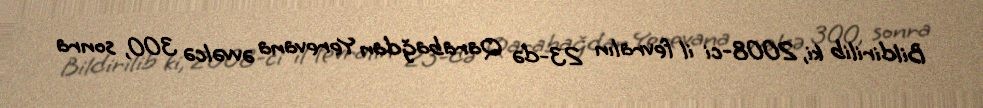
Bildirilib ki, 2008-ci il fevralın 23-də Qarabağdan Yerevana əvvəlcə 300, sonra